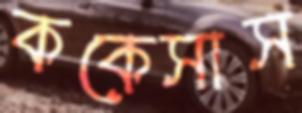
ককেসাস